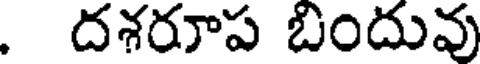
. దశరూప బిందువు